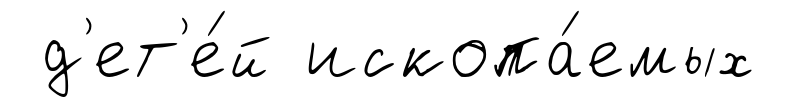
д'ет'е́й ископа́емых